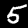
Label: 5